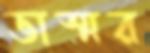
ভাস্মর